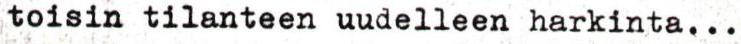
toisin tilanteen uudelleen harkinta...